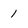
Character: 1